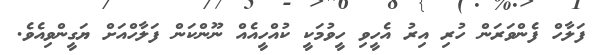
ފަލާހް ފެންވަރަން ހުރި އިރު އެހީވި ހީވުމަކީ ކުއްހީއެއް ނޫންކަން ފަލާހްއަށް ޔަގީންވިއެވެ.